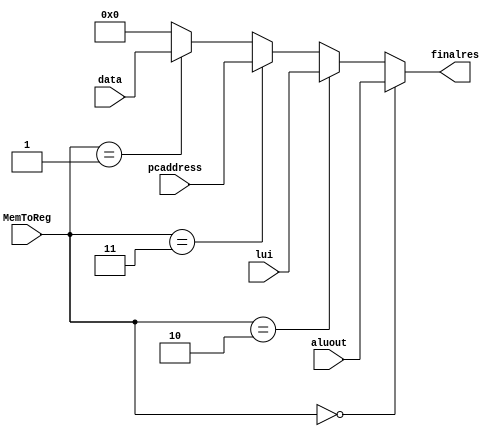
module data_mux_reg(data,aluout,lui,pcaddress,MemToReg,finalres);

input [0:31] data,aluout,lui,pcaddress;
input [0:1] MemToReg;
output [0:31] finalres;

assign finalres = MemToReg == 0? aluout:
	MemToReg == 2? lui:
	MemToReg == 3? pcaddress:
	MemToReg == 1? data : 0;



endmodule